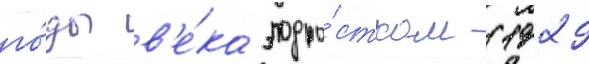
го́ды в'е́ка подро́стком (1929